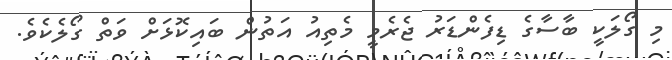
މި ގޯލަކީ ބާސާގެ ޑިފެންޑަރު ޖެރެމީ މެތިއު އަތުން ބައިކޮޅަށް ވަތް ގޯލެކެވެ.